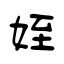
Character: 姪